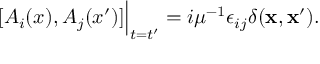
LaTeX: [ A _ { i } ( x ) , A _ { j } ( x ^ { \prime } ) ] \Big | _ { t = t ^ { \prime } } = i \mu ^ { - 1 } \epsilon _ { i j } \delta ( { \bf x } , { \bf x ^ { \prime } } ) .